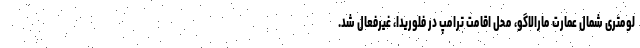
لومتری شمال عمارت مارالاگو، محل اقامت ترامپ در فلوریدا، غیرفعال شد.